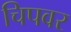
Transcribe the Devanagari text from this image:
चिपवर